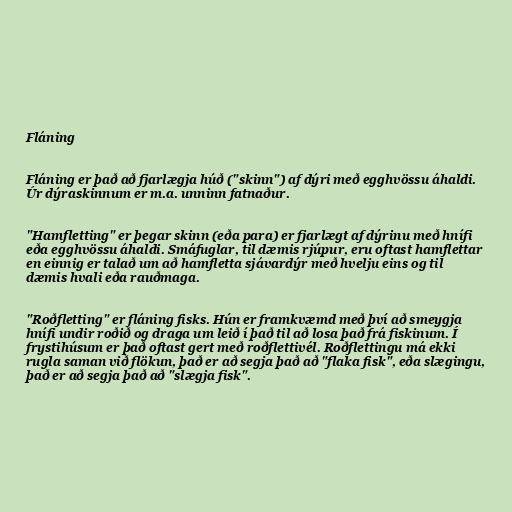
Fláning

Fláning er það að fjarlægja húð ("skinn") af dýri með egghvössu áhaldi.
Úr dýraskinnum er m.a. unninn fatnaður.

"Hamfletting" er þegar skinn (eða para) er fjarlægt af dýrinu með hnífi
eða egghvössu áhaldi. Smáfuglar, til dæmis rjúpur, eru oftast hamflettar
en einnig er talað um að hamfletta sjávardýr með hvelju eins og til
dæmis hvali eða rauðmaga.

"Roðfletting" er fláning fisks. Hún er framkvæmd með því að smeygja
hnífi undir roðið og draga um leið í það til að losa það frá fiskinum. Í
frystihúsum er það oftast gert með roðflettivél. Roðflettingu má ekki
rugla saman við flökun, það er að segja það að "flaka fisk", eða slægingu,
það er að segja það að "slægja fisk".